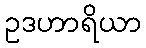
ဥဒဟာရိယာ